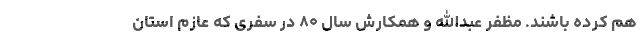
هم کرده باشند. مظفر عبدالله و همکارش سال ۸۰ در سفری که عازم استان